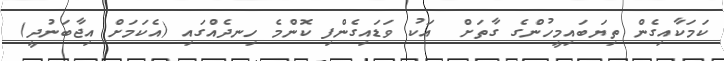
ކަމަކާއިގެން ތިޔަބައިމީހުންގެ ގާތަށް  އަކު ވަޑައިގެންފި ކޮންމެ ހިނދެއްގައި (އެކަމަށް އިޖާބަނުދީ)